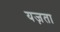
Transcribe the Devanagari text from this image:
यज़ता